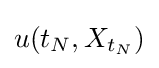
u(t_{N},X_{t_{N}})